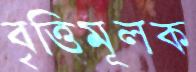
বৃত্তিমূলক